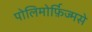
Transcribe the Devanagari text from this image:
पोलिमोर्फ़िज्मसे